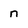
Character: n